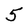
Character: 5